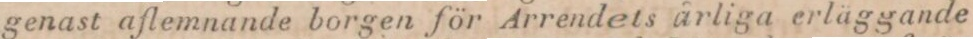
genast aflemnande borgen för Arrendets årliga erläggande